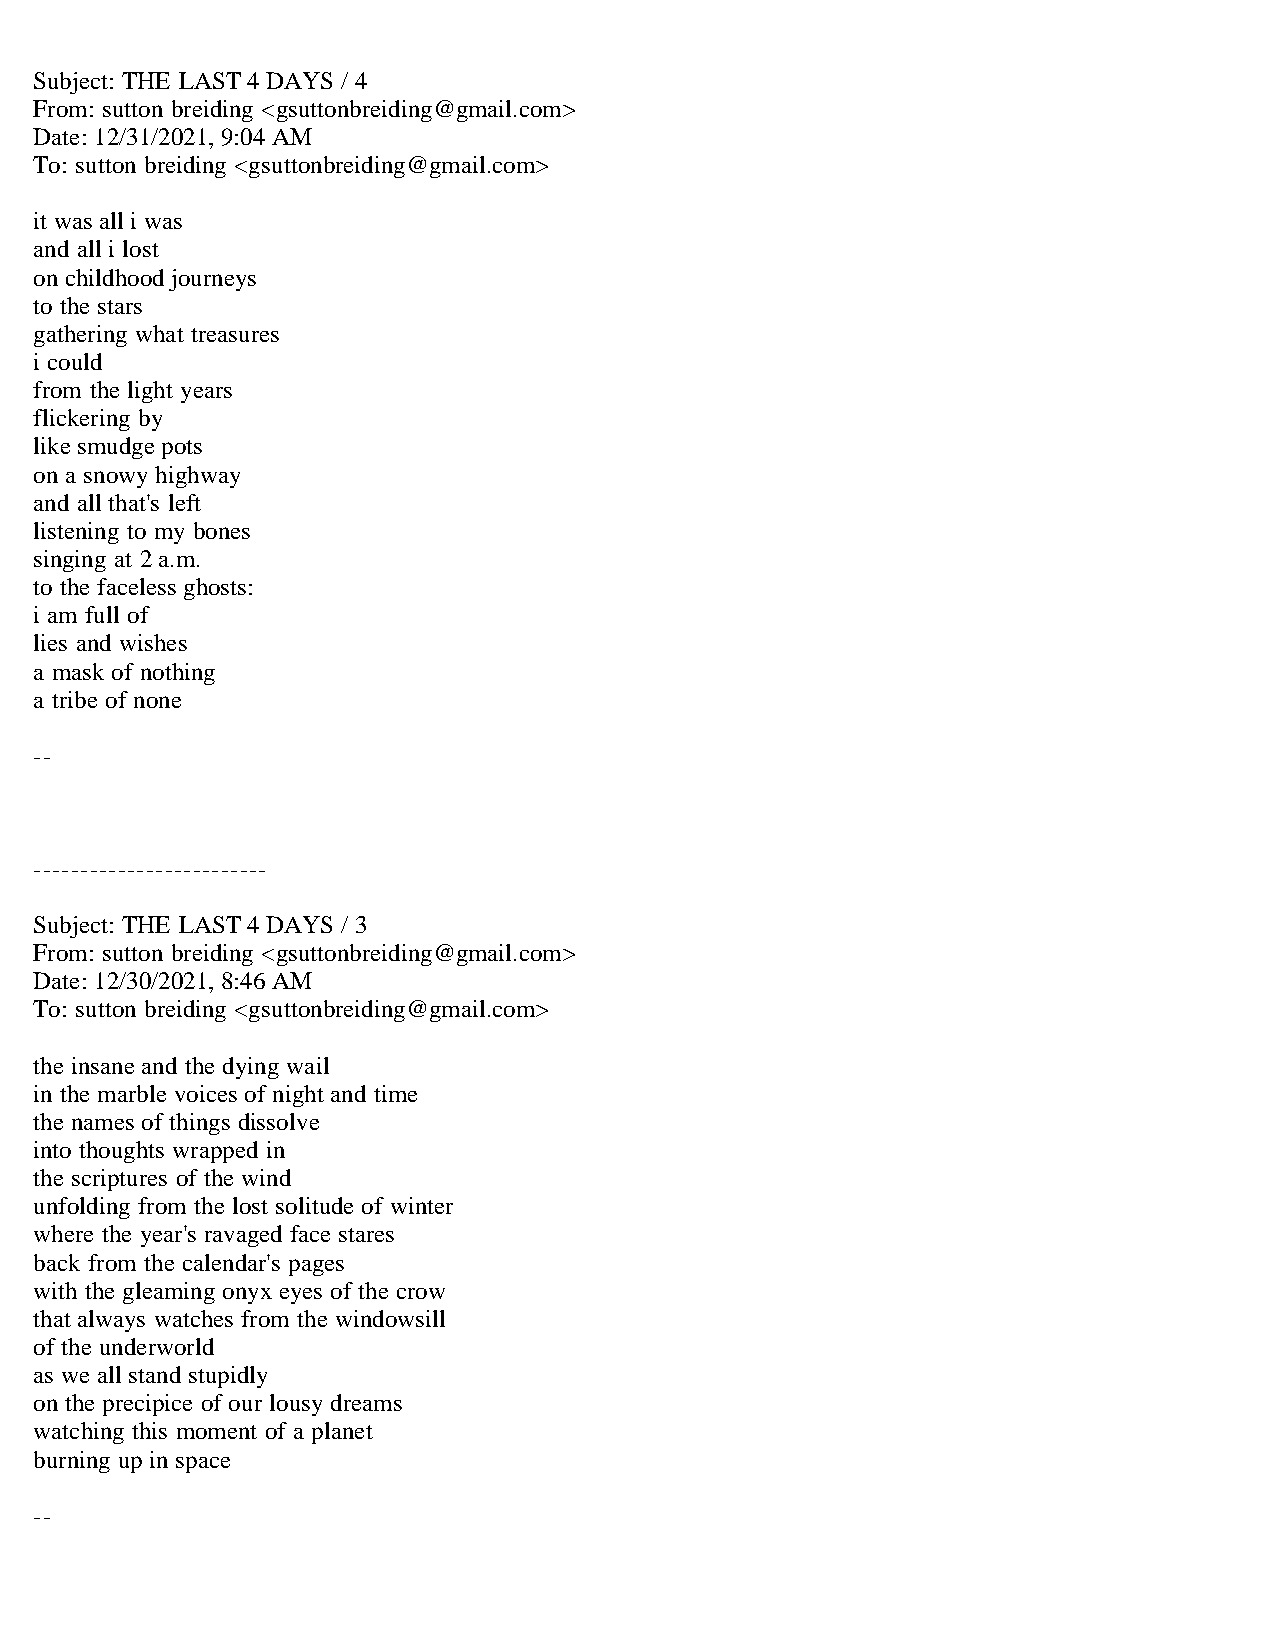
Subject: THE LAST 4 DAYS / 4
 From: sutton breiding <gsuttonbreiding@gmail.com>
 Date: 12/31/2021, 9:04 AM
 To: sutton breiding <gsuttonbreiding@gmail.com>
 it was all i was
 and all i lost
 on childhood journeys
 to the stars
 gathering what treasures
 i could
 from the light years
 flickering by
 like smudge pots
 on a snowy highway
 and all that's left
 listening to my bones
 singing at 2 a.m.
 to the faceless ghosts:
 i am full of
 lies and wishes
 a mask of nothing
 a tribe of none
 --
 -------------------------
 Subject: THE LAST 4 DAYS / 3
 From: sutton breiding <gsuttonbreiding@gmail.com>
 Date: 12/30/2021, 8:46 AM
 To: sutton breiding <gsuttonbreiding@gmail.com>
 the insane and the dying wail
 in the marble voices of night and time
 the names of things dissolve
 into thoughts wrapped in
 the scriptures of the wind
 unfolding from the lost solitude of winter
 where the year's ravaged face stares
 back from the calendar's pages
 with the gleaming onyx eyes of the crow
 that always watches from the windowsill
 of the underworld
 as we all stand stupidly
 on the precipice of our lousy dreams
 watching this moment of a planet
 burning up in space
 --